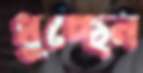
ধুচ্ছেন